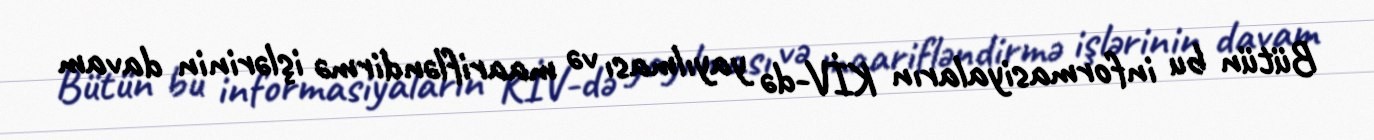
Bütün bu informasiyaların KİV-də yayılması və maarifləndirmə işlərinin davam